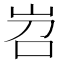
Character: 岧